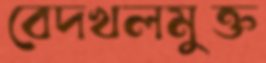
বেদখলমুক্ত